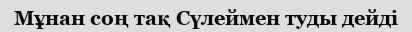
Мұнан соң тақ Сүлеймен туды дейді